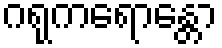
ဂရုကရောန္တော